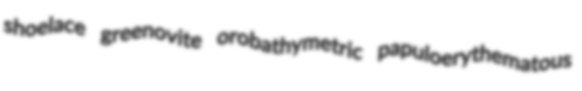
shoelace greenovite orobathymetric papuloerythematous